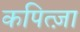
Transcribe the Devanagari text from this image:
कपित्ज़ा